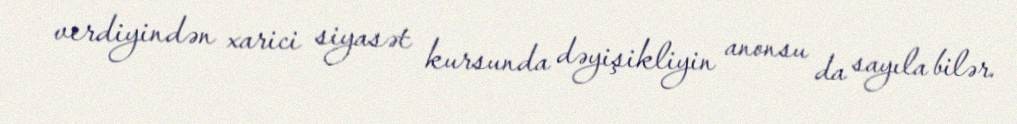
verdiyindən xarici siyasət kursunda dəyişikliyin anonsu da sayıla bilər.